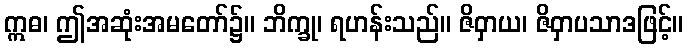
ဣဓ၊ ဤအဆုံးအမတော်၌။ ဘိက္ခု၊ ရဟန်းသည်။ ဇိဝှာယ၊ ဇိဝှာပသာဒဖြင့်။